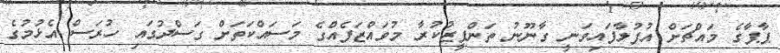
ޕާޕާގެ މައްޗަށް އުފުލާފައިވަނީ ގާނޫނު ތަންފީޒުކުރާ މުވައްޒަފެއްގެ މަސައްކަތަށް ގަސްދުގައި ހުރަސް އެޅުމުގެ